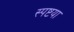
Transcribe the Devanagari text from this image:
स्पष्टया